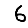
Digit: 6